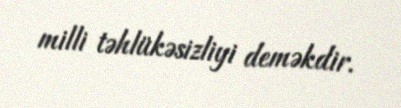
milli təhlükəsizliyi deməkdir.